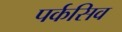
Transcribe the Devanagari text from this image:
पर्कसिव